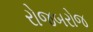
રોજબરોજ